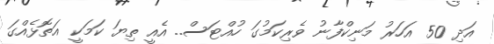
އަދި 50 އަހަރު މަނިކްފާނު ވެރިކަމުގަ ހުއްޓަސް.. އެއީ ތިޔަ ކަމަކީ އަތޮޅެއްގަ